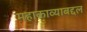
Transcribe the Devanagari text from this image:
महाकाव्याबद्दल